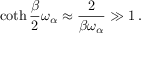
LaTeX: \coth { \frac { \beta } { 2 } } \omega _ { \alpha } \approx { \frac { 2 } { \beta \omega _ { \alpha } } } \gg 1 \, .